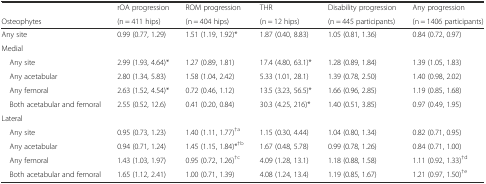
<table><thead><tr><td></td><td><b>rOA progression</b></td><td><b>ROM progression</b></td><td><b>THR</b></td><td><b>Disability progression</b></td><td><b>Any progression</b></td></tr><tr><td><b>Osteophytes</b></td><td><b>(n = 411 hips)</b></td><td><b>(n = 404 hips)</b></td><td><b>(n = 12 hips)</b></td><td><b>(n = 445 participants)</b></td><td><b>(n = 1406 participants)</b></td></tr></thead><tbody><tr><td>Any site</td><td>0.99 (0.77, 1.29)</td><td>1.51 (1.19, 1.92)*</td><td>1.87 (0.40, 8.83)</td><td>1.05 (0.81, 1.36)</td><td>0.84 (0.72, 0.97)</td></tr><tr><td>Medial</td><td></td><td></td><td></td><td></td><td></td></tr><tr><td> Any site</td><td>2.99 (1.93, 4.64)*</td><td>1.27 (0.89, 1.81)</td><td>17.4 (4.80, 63.1)*</td><td>1.28 (0.89, 1.84)</td><td>1.39 (1.05, 1.83)</td></tr><tr><td> Any acetabular</td><td>2.80 (1.34, 5.83)</td><td>1.58 (1.04, 2.42)</td><td>5.33 (1.01, 28.1)</td><td>1.39 (0.78, 2.50)</td><td>1.40 (0.98, 2.02)</td></tr><tr><td> Any femoral</td><td>2.63 (1.52, 4.54)*</td><td>0.72 (0.46, 1.12)</td><td>13.5 (3.23, 56.5)*</td><td>1.66 (0.96, 2.85)</td><td>1.19 (0.85, 1.68)</td></tr><tr><td> Both acetabular and femoral</td><td>2.55 (0.52, 12.6)</td><td>0.41 (0.20, 0.84)</td><td>30.3 (4.25, 216)*</td><td>1.40 (0.51, 3.85)</td><td>0.97 (0.49, 1.95)</td></tr><tr><td>Lateral</td><td></td><td></td><td></td><td></td><td></td></tr><tr><td> Any site</td><td>0.95 (0.73, 1.23)</td><td>1.40 (1.11, 1.77)<sup>†a</sup></td><td>1.15 (0.30, 4.44)</td><td>1.04 (0.80, 1.34)</td><td>0.82 (0.71, 0.95)</td></tr><tr><td> Any acetabular</td><td>0.94 (0.71, 1.24)</td><td>1.45 (1.15, 1.84)*<sup>†b</sup></td><td>1.67 (0.48, 5.78)</td><td>0.99 (0.78, 1.26)</td><td>0.84 (0.71, 1.00)</td></tr><tr><td> Any femoral</td><td>1.43 (1.03, 1.97)</td><td>0.95 (0.72, 1.26)<sup>†c</sup></td><td>4.09 (1.28, 13.1)</td><td>1.18 (0.88, 1.58)</td><td>1.11 (0.92, 1.33)<sup>†d</sup></td></tr><tr><td> Both acetabular and femoral</td><td>1.65 (1.12, 2.41)</td><td>1.00 (0.71, 1.39)</td><td>4.08 (1.24, 13.4)</td><td>1.19 (0.85, 1.67)</td><td>1.21 (0.97, 1.50)<sup>†e</sup></td></tr></tbody></table>